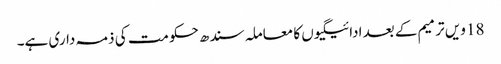
18 ویں ترمیم کے بعد ادائیگیوں کا معاملہ سندھ حکومت کی ذمہ داری ہے۔